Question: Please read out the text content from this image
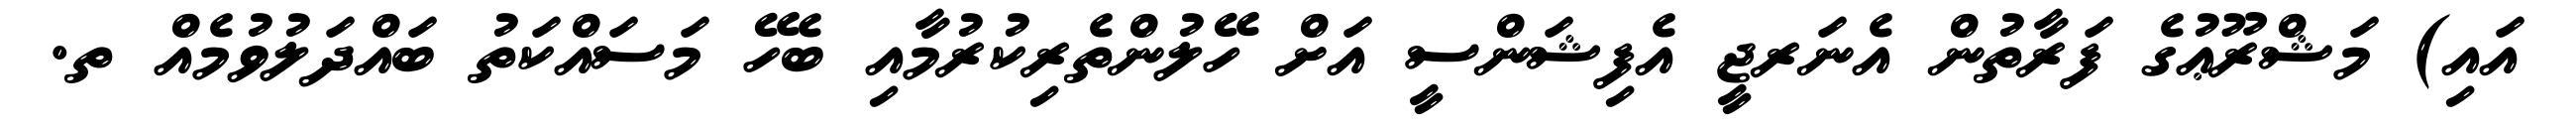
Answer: އައި) މަޝްރޫޢުގެ ފަރާތުން އެނަރޖީ އެފިޝަންސީ އަށް ހޭލުންތެރިކުރުމާއި ބެހޭ މަސައްކަތު ބައްދަލުވުމެއް ތ.